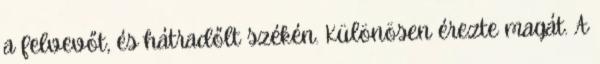
a felvevőt, és hátradőlt székén. Különösen érezte magát. A